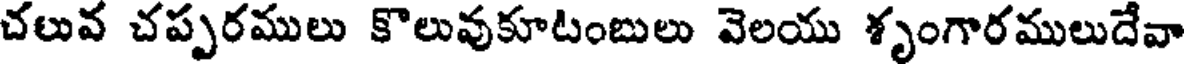
చలువ చప్పరములు కొలువుకూటంబులు వెలయు శృంగారములుదేవా